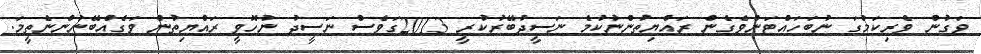
ވަގުން ވެރިކަމުގަ ނުބަހައްޓަންވެގެން ރައްޔިތުންނުކުމެ ނަސީދުބޭރުކުރީ 2013ގަވެސް ނަސީދު ނުހޮވީ ރައްޔިތުން ވަގެއްބޭނުންނެތީމަ.